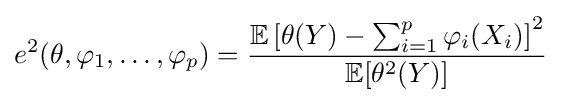
e^{2}(\theta ,\varphi _{1},\dots ,\varphi _{p})={\frac {\mathbb {E} \left[\theta (Y)-\sum _{i=1}^{p}\varphi _{i}(X_{i})\right]^{2}}{\mathbb {E} [\theta ^{2}(Y)]}}